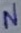
Text: N